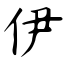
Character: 伊